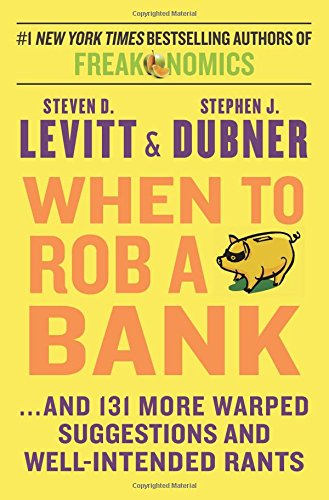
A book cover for When to Rob a Bank: ...And 131 More Warped Suggestions and Well-Intended Rants; Steven D. Levitt; Humor & Entertainment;